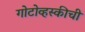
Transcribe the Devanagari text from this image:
गोटोव्हस्कीची